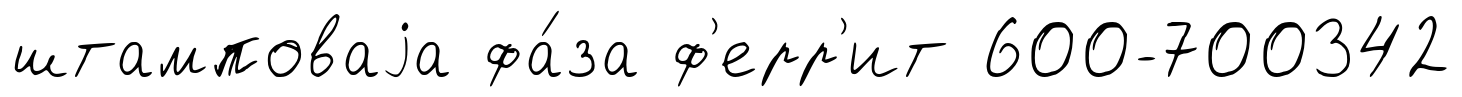
штамповаjа фа́за ф'ерр'ит 600-700342